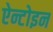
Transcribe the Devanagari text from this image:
ऐन्टोइन